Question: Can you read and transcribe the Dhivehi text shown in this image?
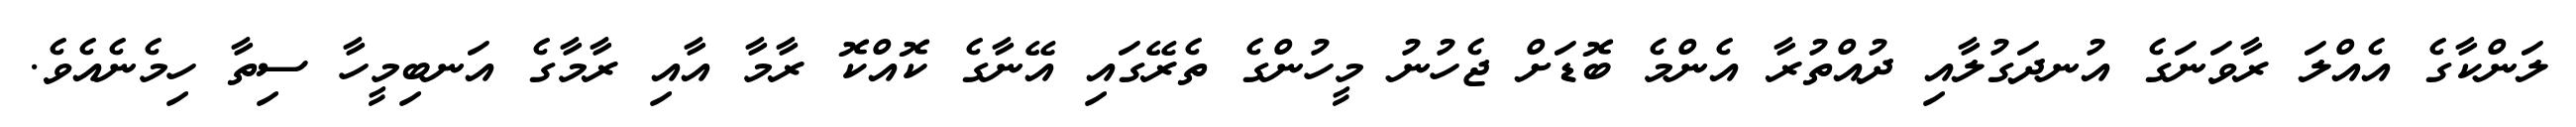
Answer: ލަންކާގެ އެއްލަ ރާވަނަގެ އުނދަގުލާއި ދުއްތުރާ އެންމެ ބޮޑަށް ޖެހުނު މީހުންގެ ތެރޭގައި އޭނާގެ ކޮއްކޮ ރާމާ އާއި ރާމާގެ އަނބިމީހާ ސިތާ ހިމެނެއެވެ.